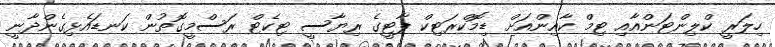
ހިލަރީ ކްލިންޓަންއާއި ޓިމް ކާއިންއަށް ޑިމޮކްރަޓިކް ޕާޓީގެ ރިޔާސީ ޓިކެޓް ރަސްމީގޮތުން ކަނޑައެޅިގެންދާނީ